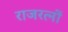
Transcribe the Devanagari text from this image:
राजरत्नों